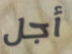
أجل